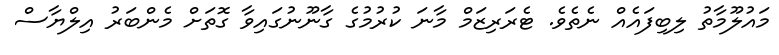
މައުލޫމާތު ލިބިފައެއް ނެތެވެ. ޓެރަރިޒަމް މާނަ ކުރުމުގެ ގާނޫނުގައިވާ ގޮތަށް މެންބަރު އިލްޔާސް